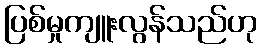
ပြစ်မှုကျူးလွန်သည်ဟု